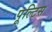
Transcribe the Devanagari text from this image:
पूल्टिस